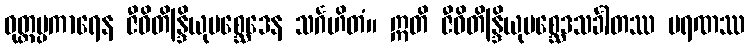
ဝုတ္တပ္ပကာရေန ဇီဝိတိန္ဒြိယုပစ္ဆေဒေန သင်္ဂဟိတံ။ ဣတိ ဇီဝိတိန္ဒြိယုပစ္ဆေဒသင်္ခါတဿ မရဏဿ